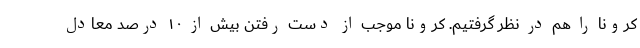
کرونا را هم در نظر گرفتیم. کرونا موجب از دست رفتن بیش از ۱۰ درصد معادل